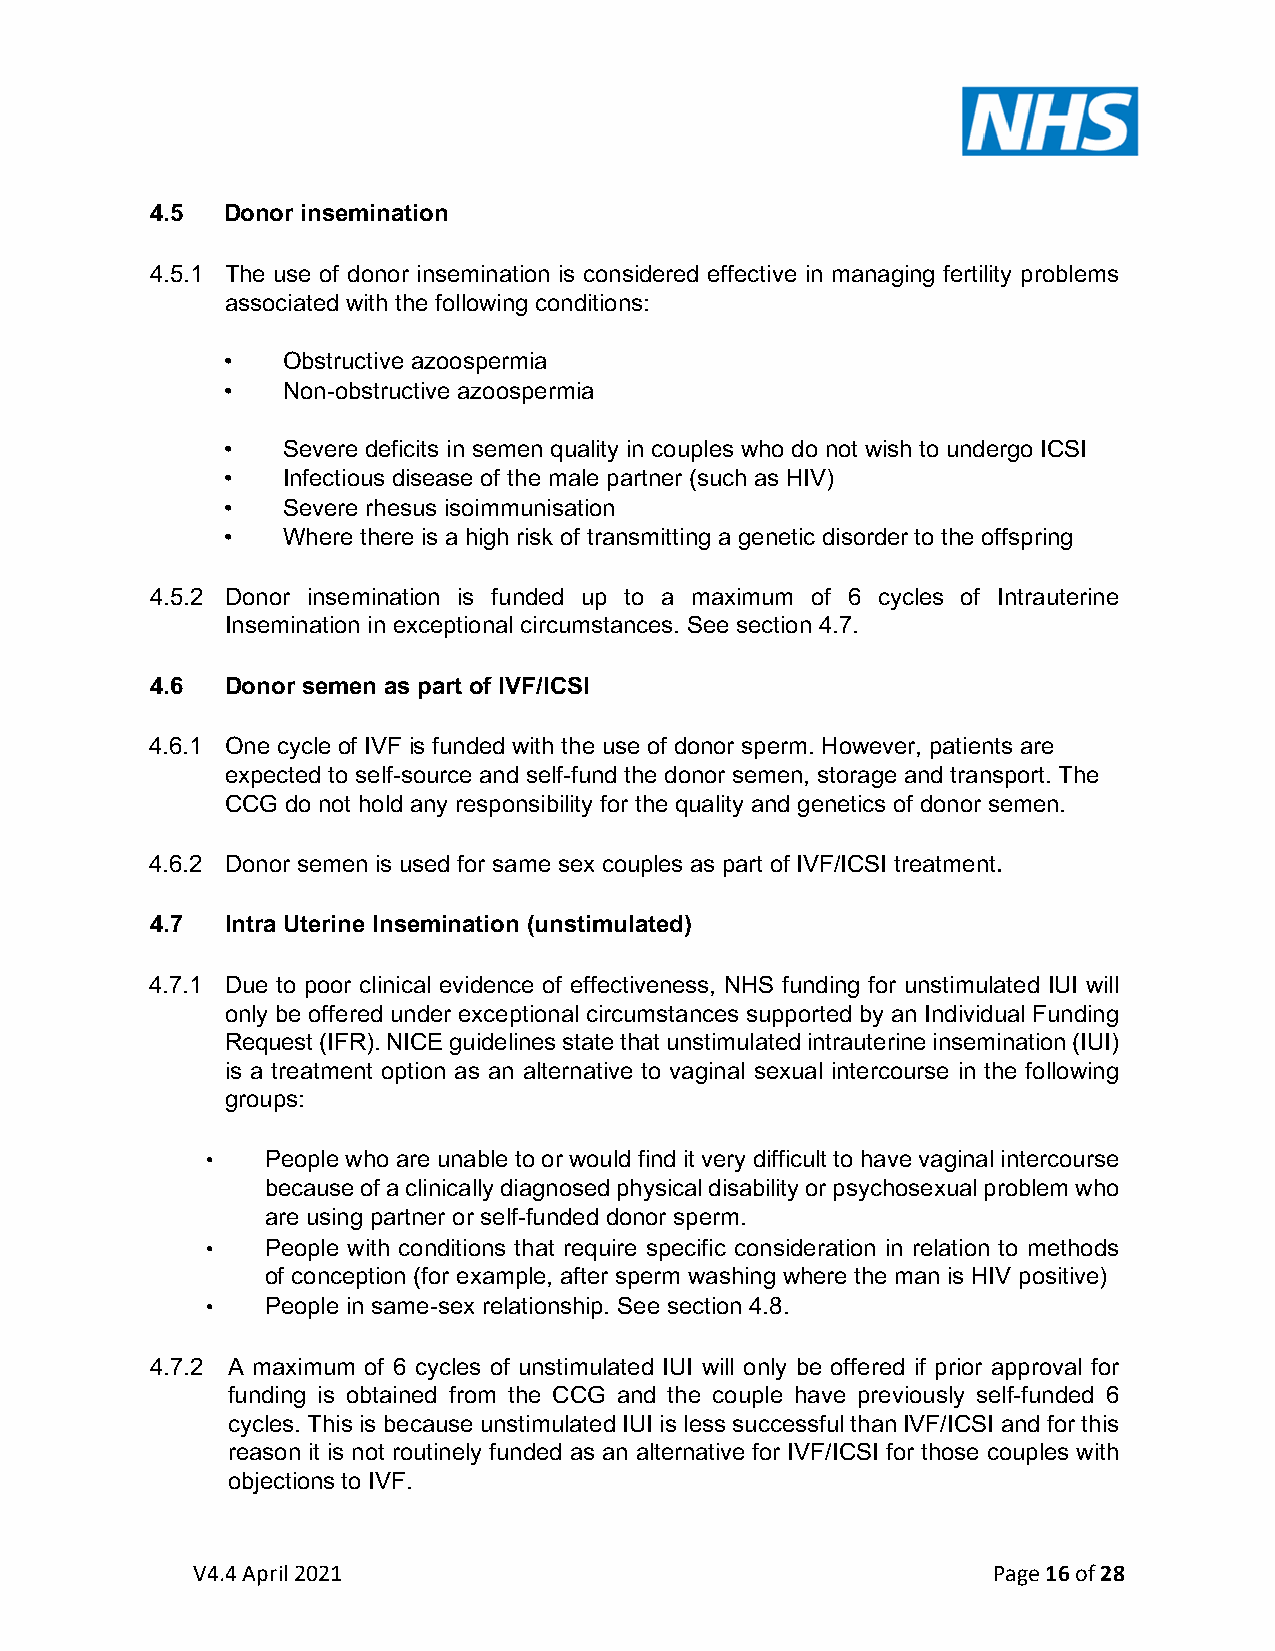
4.5  Donor insemination
 4.5.1 The use of donor insemination is considered effective in managing fertility problems
 associated with the following conditions:
 •   Obstructive azoospermia
 •   Non-obstructive azoospermia
 •   Severe deficits in semen quality in couples who do not wish to undergo ICSI
 •   Infectious disease of the male partner (such as HIV)
 •   Severe rhesus isoimmunisation
 •   Where there is a high risk of transmitting a genetic disorder to the offspring
 4.5.2 Donor insemination is funded up to a maximum of 6 cycles of Intrauterine
 Insemination in exceptional circumstances. See section 4.7.
 4.6  Donor semen as part of IVF/ICSI
 4.6.1 One cycle of IVF is funded with the use of donor sperm. However, patients are
 expected to self-source and self-fund the donor semen, storage and transport. The
 CCG do not hold any responsibility for the quality and genetics of donor semen.
 4.6.2 Donor semen is used for same sex couples as part of IVF/ICSI treatment.
 4.7  Intra Uterine Insemination (unstimulated)
 4.7.1 Due to poor clinical evidence of effectiveness, NHS funding for unstimulated IUI will
 only be offered under exceptional circumstances supported by an Individual Funding
 Request (IFR). NICE guidelines state that unstimulated intrauterine insemination (IUI)
 is a treatment option as an alternative to vaginal sexual intercourse in the following
 groups:
 •   People who are unable to or would find it very difficult to have vaginal intercourse
 because of a clinically diagnosed physical disability or psychosexual problem who
 are using partner or self-funded donor sperm.
 •   People with conditions that require specific consideration in relation to methods
 of conception (for example, after sperm washing where the man is HIV positive)
 •   People in same-sex relationship. See section 4.8.
 4.7.2 A maximum of 6 cycles of unstimulated IUI will only be offered if prior approval for
 funding is obtained from the CCG and the couple have previously self-funded 6
 cycles. This is because unstimulated IUI is less successful than IVF/ICSI and for this
 reason it is not routinely funded as an alternative for IVF/ICSI for those couples with
 objections to IVF.
 V4.4 April 2021                                      Page 16 of 28